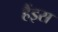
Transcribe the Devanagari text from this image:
हैंइस